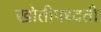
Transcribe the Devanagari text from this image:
खोतीपध्दती